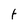
Character: t